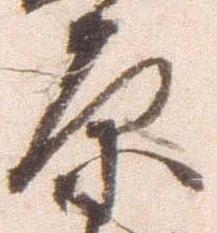
原